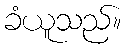
ခံယူသည်။